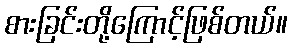
စားခြင်းတို့ကြောင့်ဖြစ်တယ်။